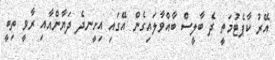
އޭރު ކާޕެޓުމަތީ ދެ ބާލީސް ބާއްވާލައިގެން އޭގައި އިށީނދެ ދަޔާންއާއި ރާވީ ތިބީ